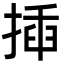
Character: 揷